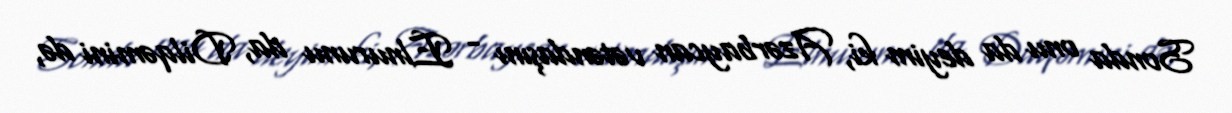
Sonda onu da deyim ki, Azərbaycan vətəndaşını - Elnurunu da, Dilqəmini də,